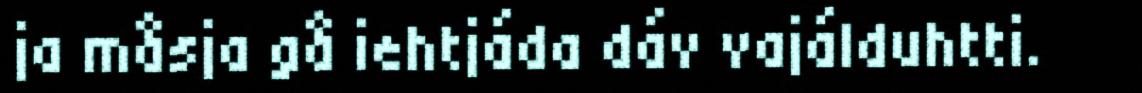
ja måsja gå iehtjáda dáv vajálduhtti.